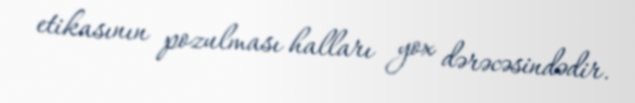
etikasının pozulması halları yox dərəcəsindədir.